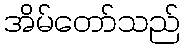
အိမ်တော်သည်